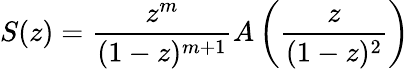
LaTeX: S(z)={\frac{z^{m}}{(1-z)^{m+1}}}A\left({\frac{z}{(1-z)^{2}}}\right)